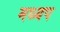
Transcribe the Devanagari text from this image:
मध्यप